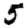
Digit: 5